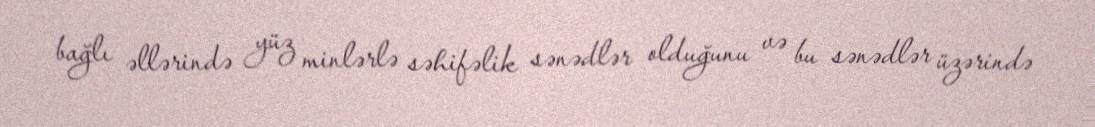
bağlı əllərində yüz minlərlə səhifəlik sənədlər olduğunu və bu sənədlər üzərində